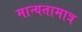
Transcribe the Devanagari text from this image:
मान्यतामात्र